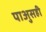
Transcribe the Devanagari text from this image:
पाअुसही